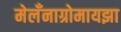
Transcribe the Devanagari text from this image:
मेलँनाग्रोमायझा